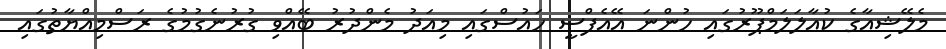
މެލޭޝިއާގެ ކުއާލަލަމްޕޫރުގައި ހުންނަ އޭއެފްސީ ހައުސްގައި މިއަދު މެންދުރު ބޭއްވި ގުރުނެގުމުގެ ރަސްމިއްޔާތުގައި